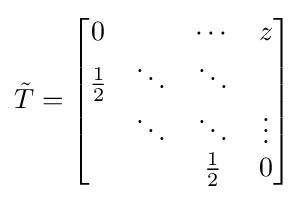
{\tilde {T}}={\begin{bmatrix}0&\;&\cdots &z\\{\frac {1}{2}}&\ddots &\ddots &\;\\\;&\ddots &\ddots &\vdots \\\;&\;&{\frac {1}{2}}&0\end{bmatrix}}